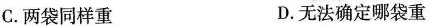
C.两袋同样重 D.无法确定哪袋重